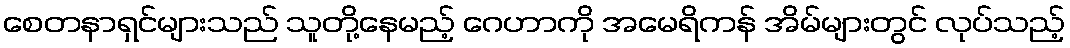
စေတနာရှင်များသည် သူတို့နေမည့် ဂေဟာကို အမေရိကန် အိမ်များတွင် လုပ်သည့်